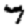
Digit: 7